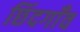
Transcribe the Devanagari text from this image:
छिंदगाँव